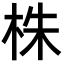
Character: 株